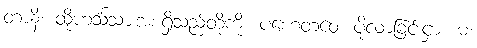
တာနိ၊ ထိုဟင်္သသားအစရှိသည်တို့ကို။ ပဟေတဝေ၊ ပို့လာခြင်းငှာ။ မံ၊